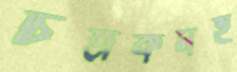
চিত্রকর্মই